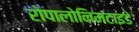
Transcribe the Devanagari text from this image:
रोपालोनिमटाइडे